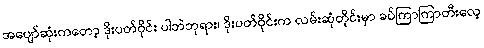
အပျော်ဆုံးကတော့ ဒိုးပတ်ဝိုင်း ပါဘဲဘုရား၊ ဒိုးပတ်ဝိုင်းက လမ်းဆုံတိုင်းမှာ ခပ်ကြာကြာတီးလေ့